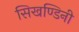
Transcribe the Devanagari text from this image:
सिखण्डिनी